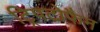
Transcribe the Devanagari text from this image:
ट्रिपटोफैन